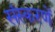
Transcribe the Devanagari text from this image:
संस्करणें